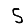
Digit: 5